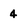
Character: 4